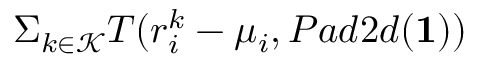
\Sigma _ { k \in \mathcal { K } } T ( r _ { i } ^ { k } - \mu _ { i } , P a d 2 d ( \bf { 1 } ) )